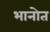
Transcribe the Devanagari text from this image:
भानोत